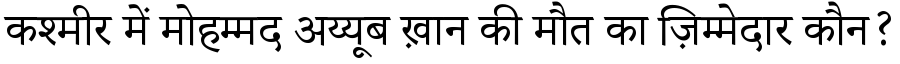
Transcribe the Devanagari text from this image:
कश्मीर में मोहम्मद अय्यूब ख़ान की मौत का ज़िम्मेदार कौन?